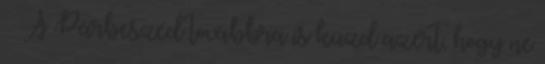
› ›A Párbeszéd továbbra is küzd azért, hogy ne